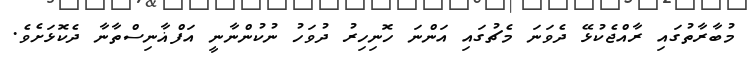
މުބާރާތުގައި ރާއްޖެކުޅޭ ދެވަނަ މެޗުގައި އަންނަ ހޮނިހިރު ދުވަހު ނުކުންނާނީ އަފްޣާނިސްތާނާ ދެކޮޅަށެވެ.